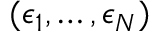
( \epsilon _ { 1 } , \hdots , \epsilon _ { N } )